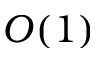
O ( 1 )